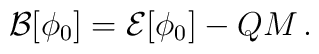
{\cal B}[\phi_0] = {\cal E}[\phi_0] - QM \,.